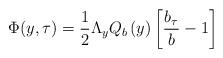
LaTeX: \begin{align*} \Phi(y,\tau) = \frac{1}{2} \Lambda_y Q_b \left(y \right) \left[\frac{b_\tau}{b} - 1 \right]\end{align*}